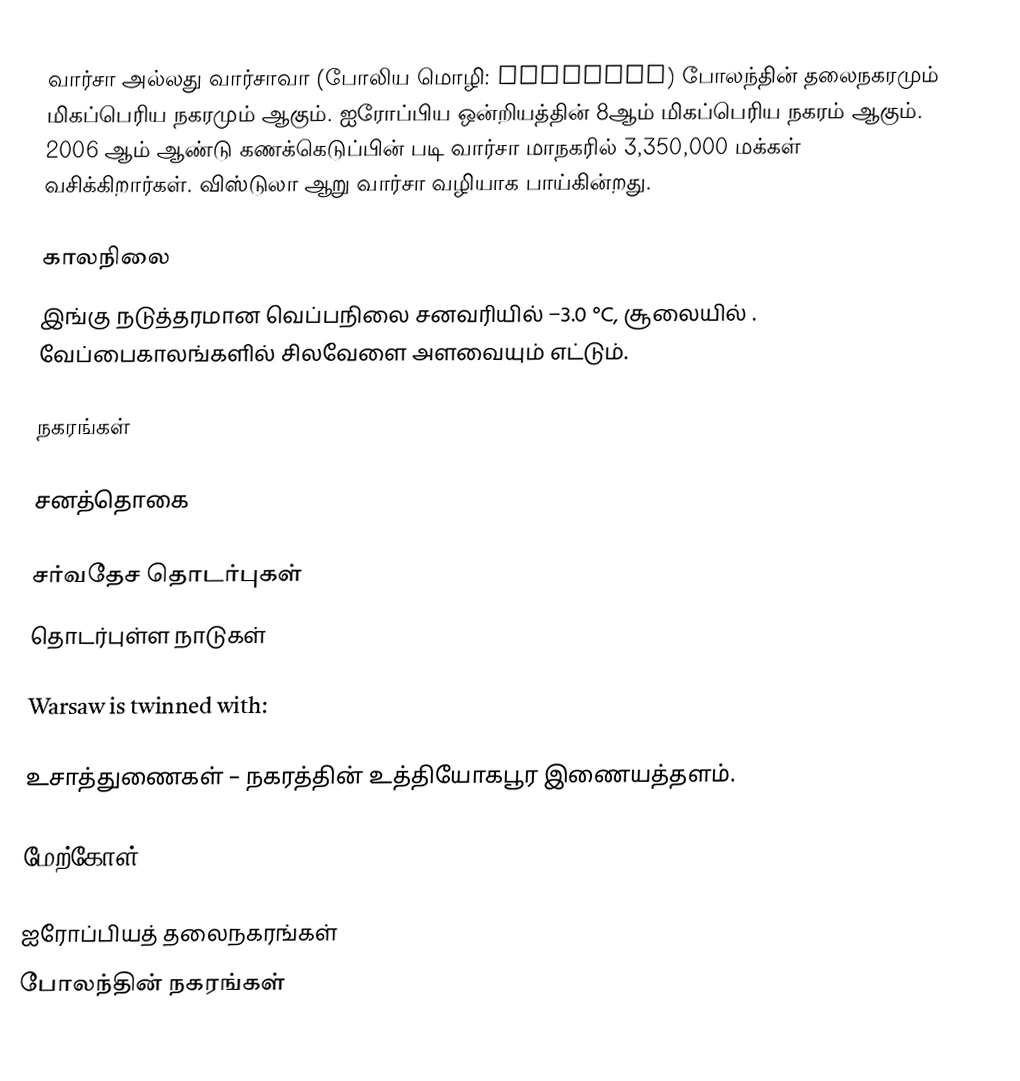
வார்சா அல்லது வார்சாவா (போலிய மொழி: Warszawa) போலந்தின் தலைநகரமும் மிகப்பெரிய நகரமும் ஆகும். ஐரோப்பிய ஒன்றியத்தின் 8ஆம் மிகப்பெரிய நகரம் ஆகும். 2006 ஆம் ஆண்டு கணக்கெடுப்பின் படி வார்சா மாநகரில் 3,350,000 மக்கள் வசிக்கிறார்கள். விஸ்டுலா ஆறு வார்சா வழியாக பாய்கின்றது.

காலநிலை
இங்கு நடுத்தரமான வெப்பநிலை சனவரியில் −3.0 °C, சூலையில் . வேப்பைகாலங்களில் சிலவேளை  அளவையும் எட்டும்.

நகரங்கள்

சனத்தொகை

சர்வதேச தொடர்புகள்
தொடர்புள்ள நாடுகள்

Warsaw is twinned with:

உசாத்துணைகள் – நகரத்தின் உத்தியோகபூர இணையத்தளம்.

மேற்கோள்

ஐரோப்பியத் தலைநகரங்கள்
போலந்தின் நகரங்கள்